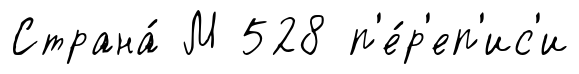
Страна́ М 528 п'е́р'еп'ис'и